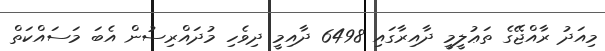
މިއަދު ރާއްޖޭގެ ތަޢުލީމީ ދާއިރާގައި 6498 ދާއިމީ ދިވެހި މުދައްރިސުން އެބަ މަސައްކަތް